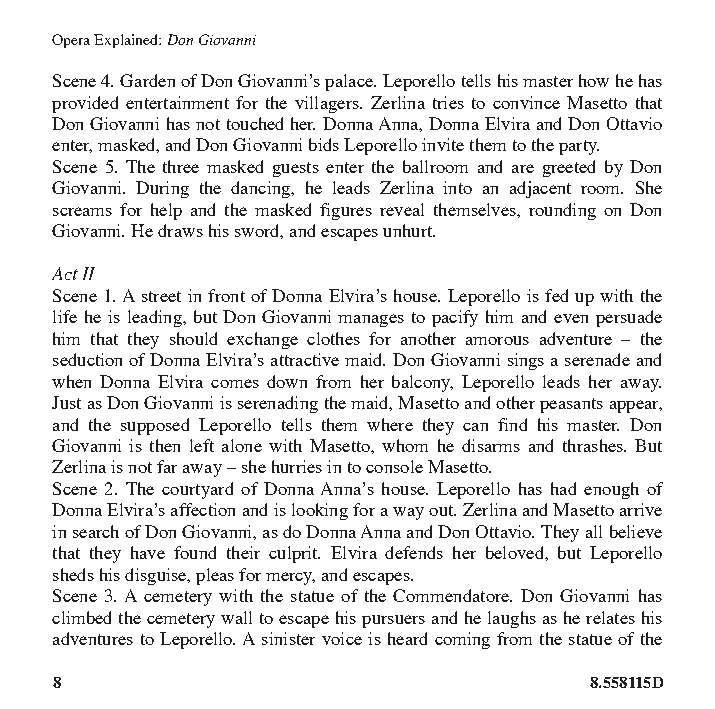
Opera Explained: Don Giovanni
 Scene 4. Garden of Don Giovanni’s palace. Leporello tells his master how he has
 provided entertainment for the villagers. Zerlina tries to convince Masetto that
 Don Giovanni has not touched her. Donna Anna, Donna Elvira and Don Ottavio
 enter, masked, and Don Giovanni bids Leporello invite them to the party.
 Scene 5. The three masked guests enter the ballroom and are greeted by Don
 Giovanni. During the dancing, he leads Zerlina into an adjacent room. She
 screams for help and the masked figures reveal themselves, rounding on Don
 Giovanni. He draws his sword, and escapes unhurt.
 Act II
 Scene 1. A street in front of Donna Elvira’s house. Leporello is fed up with the
 life he is leading, but Don Giovanni manages to pacify him and even persuade
 him that they should exchange clothes for another amorous adventure – the
 seduction of Donna Elvira’s attractive maid. Don Giovanni sings a serenade and
 when Donna Elvira comes down from her balcony, Leporello leads her away.
 Just as Don Giovanni is serenading the maid, Masetto and other peasants appear,
 and the supposed Leporello tells them where they can find his master. Don
 Giovanni is then left alone with Masetto, whom he disarms and thrashes. But
 Zerlina is not far away – she hurries in to console Masetto.
 Scene 2. The courtyard of Donna Anna’s house. Leporello has had enough of
 Donna Elvira’s affection and is looking for a way out. Zerlina and Masetto arrive
 in search of Don Giovanni, as do Donna Anna and Don Ottavio. They all believe
 that they have found their culprit. Elvira defends her beloved, but Leporello
 sheds his disguise, pleas for mercy, and escapes.
 Scene 3. A cemetery with the statue of the Commendatore. Don Giovanni has
 climbed the cemetery wall to escape his pursuers and he laughs as he relates his
 adventures to Leporello. A sinister voice is heard coming from the statue of the
 8                                  8.558115D